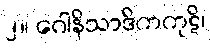
၂။ ဂေါနိသာဒိကကုဋိ၊